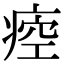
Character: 㾤